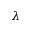
\lambda